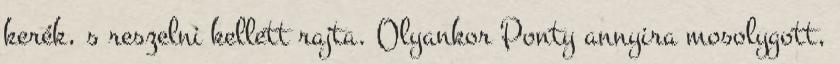
kerék, s reszelni kellett rajta. Olyankor Ponty annyira mosolygott,